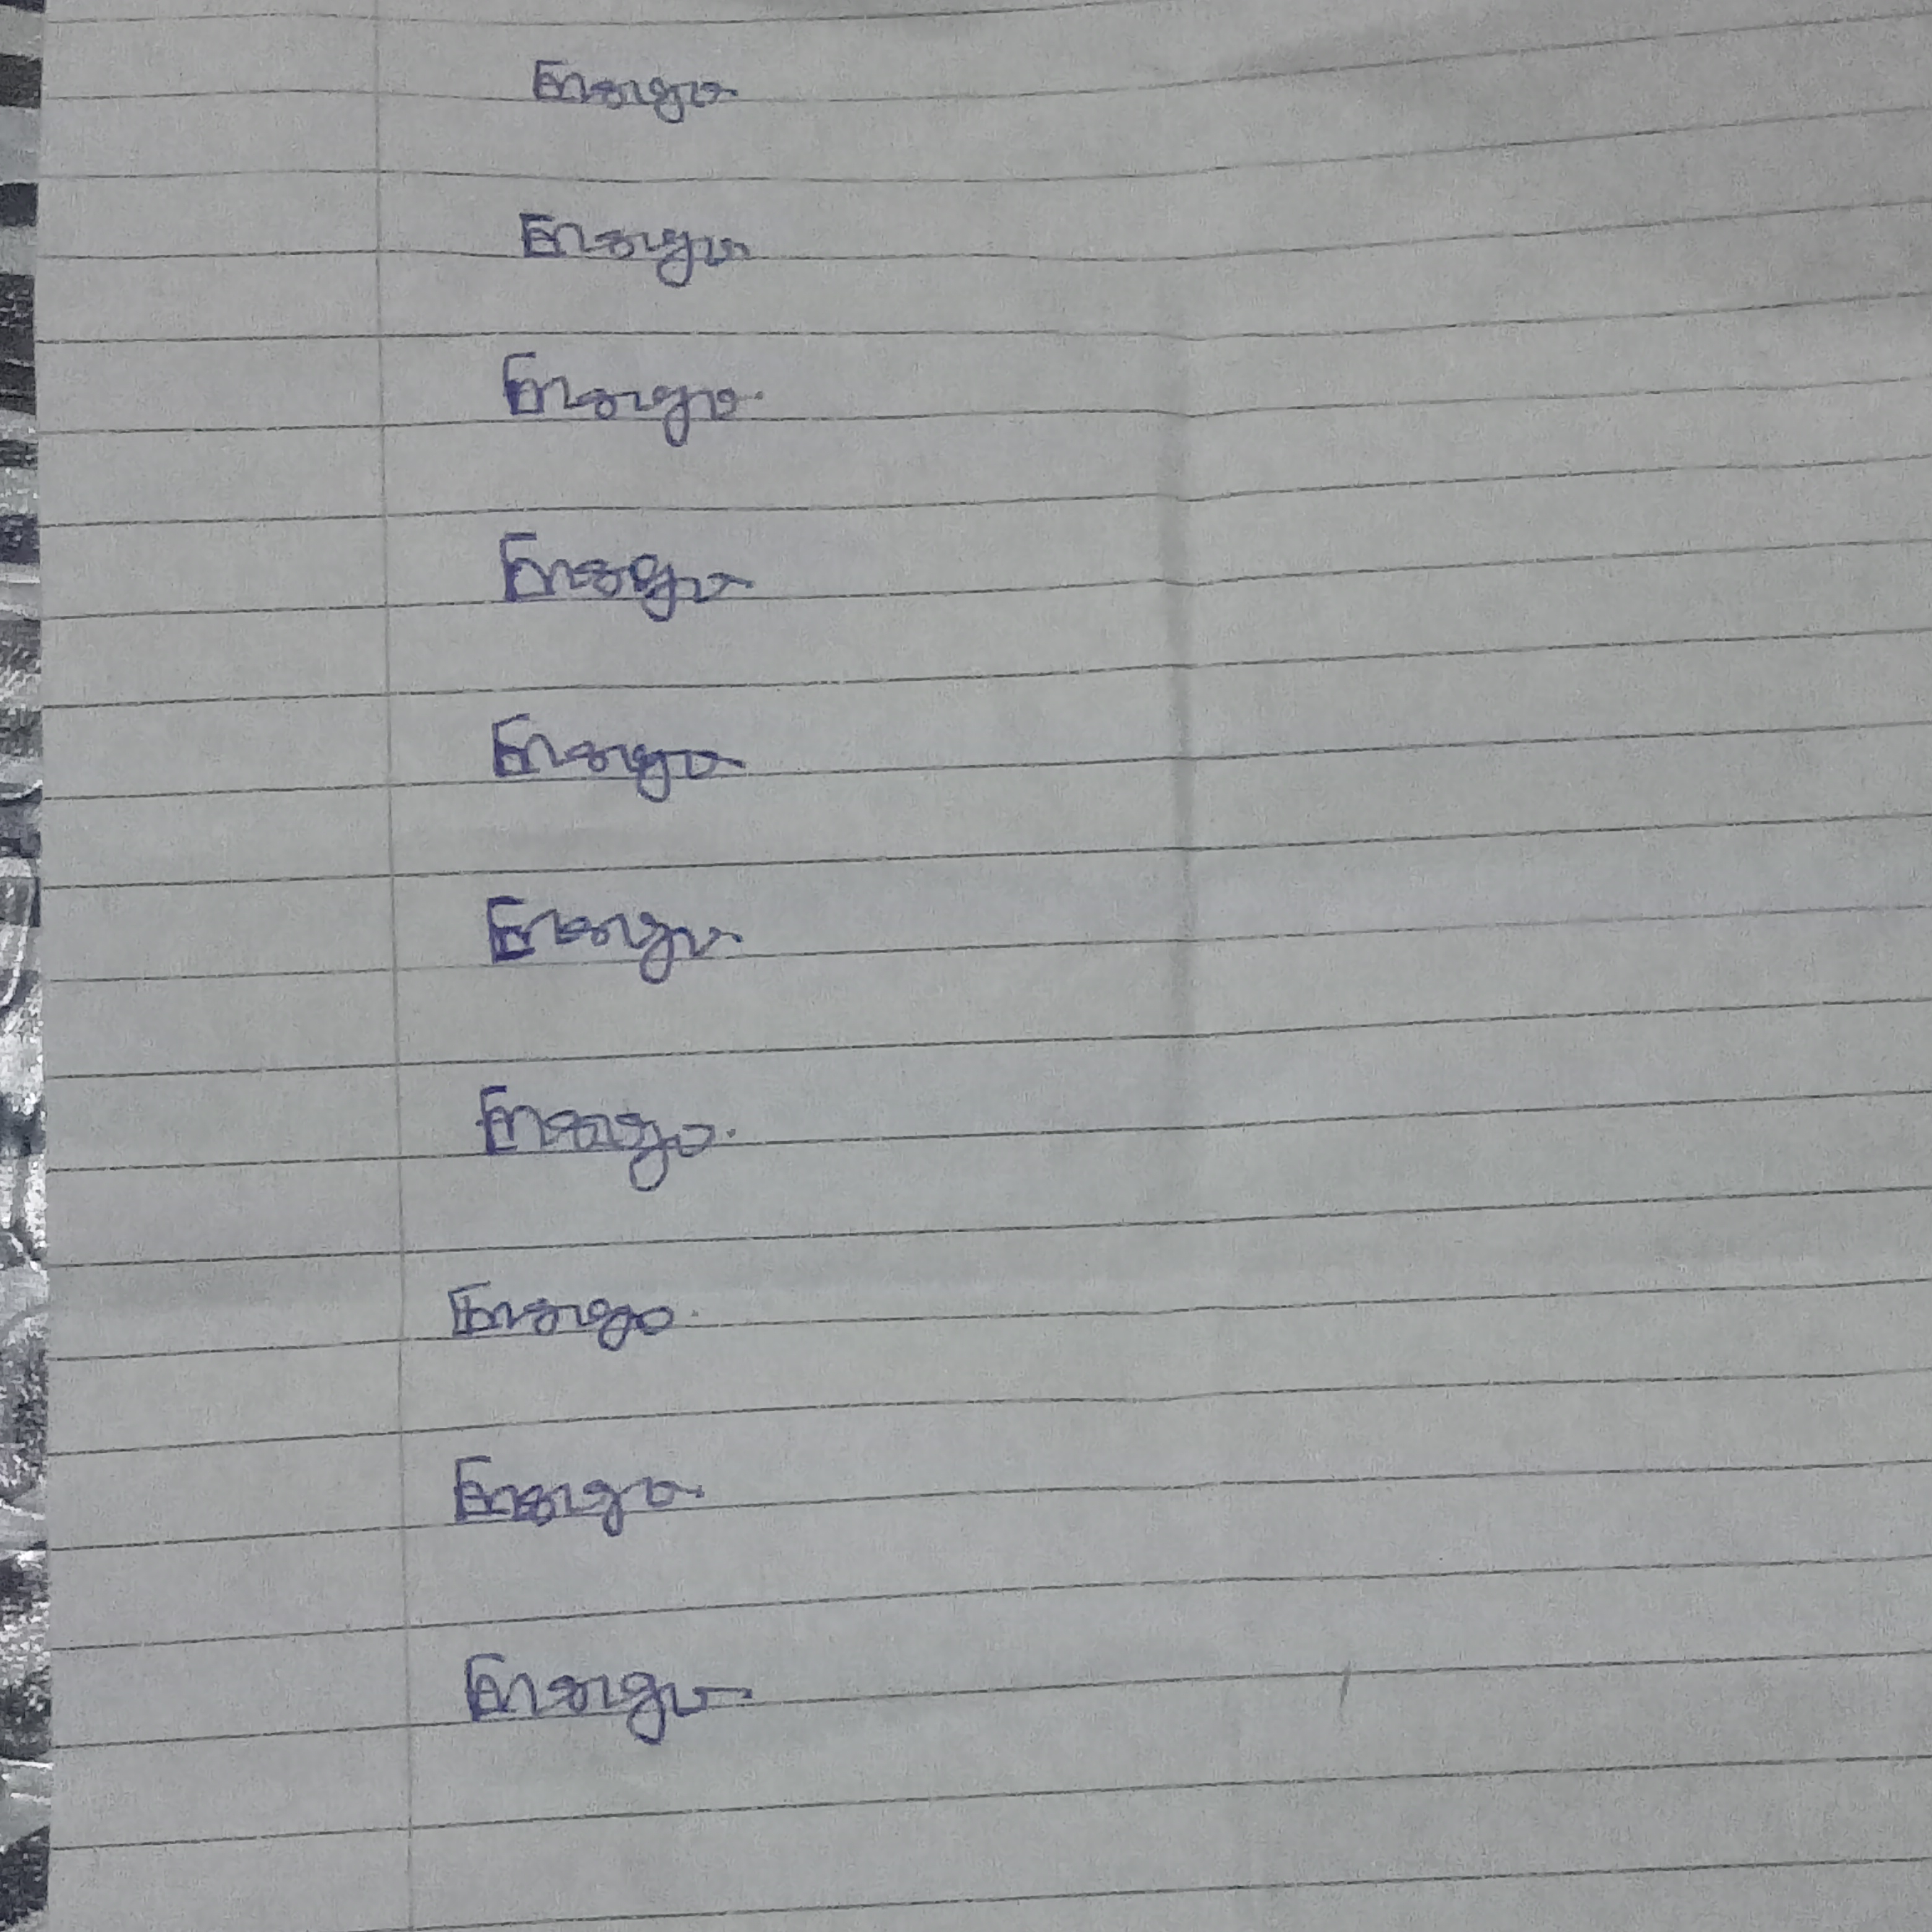
Signature authenticity: genuine